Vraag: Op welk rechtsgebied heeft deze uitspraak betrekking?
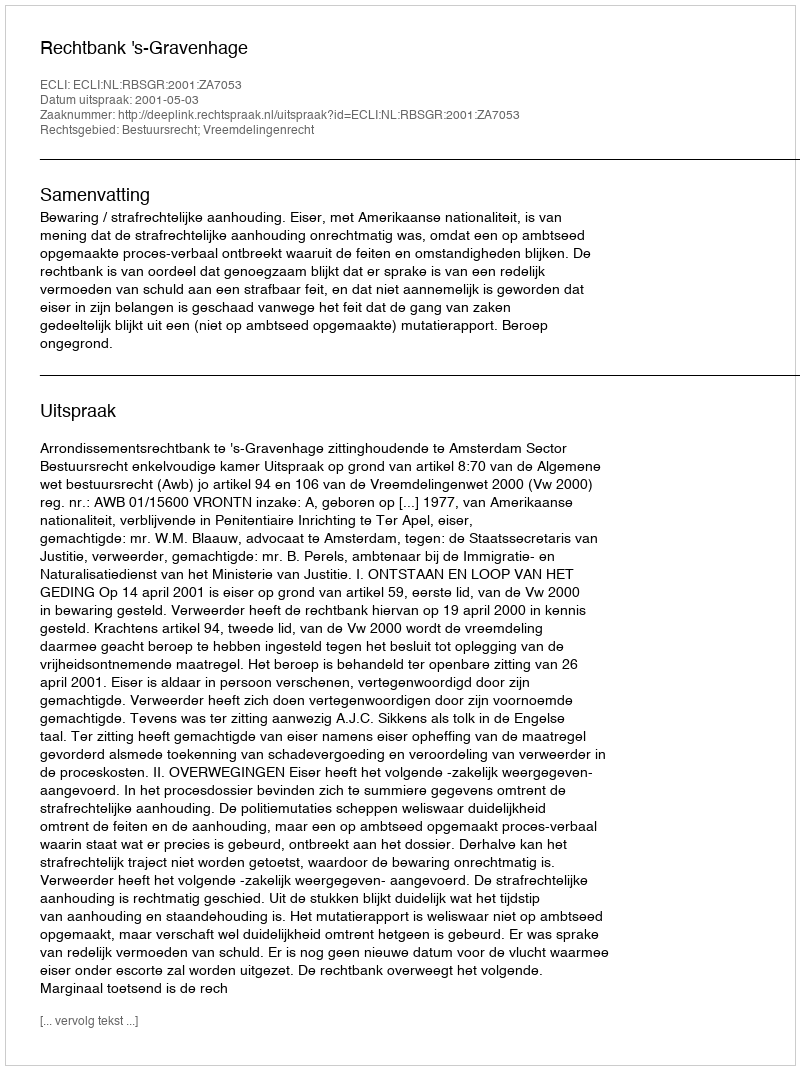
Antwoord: Bestuursrecht; Vreemdelingenrecht